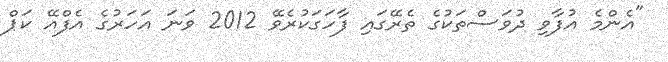
"އެންމެ އުފާވި ދުވަސްތަކުގެ ތެރޭގައި ފާހަގަކުރެވޭ 2012 ވަނަ އަހަރުގެ އެފްއޭ ކަޕް